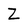
Character: Z